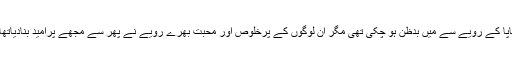
پاپا کے رویے سے میں بدظن ہو چکی تھی مگر ان لوگوں کے پرخلوص اور محبت بھرے رویے نے پھر سے مجھے پرامید بنادیاتھا۔